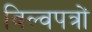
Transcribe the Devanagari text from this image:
विल्वपत्रों